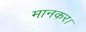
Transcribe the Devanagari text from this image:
मानकर।